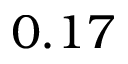
0 . 1 7